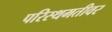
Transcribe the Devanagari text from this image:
परिस्थमतीवर